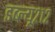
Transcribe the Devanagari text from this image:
डब्ल्यू२१२